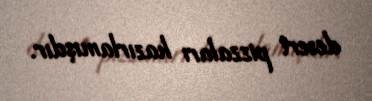
desert pizzaları hazırlamışdır.